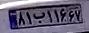
۸۱ب۱۱۶۶۷